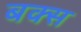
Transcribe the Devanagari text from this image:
बक्‍स